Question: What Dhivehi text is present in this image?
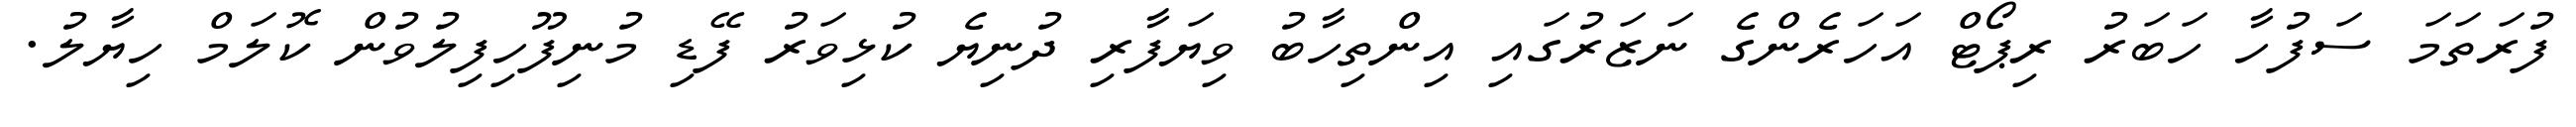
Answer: ފުރަތަމަ ސަފުހާ ހަބަރު ރިޕޯޓް އަހަރެންގެ ނަޒަރުގައި އިންތިހާބު ވިޔަފާރި ދުނިޔެ ކުޅިވަރު ފޭޑި މުނިފޫހިފިލުވުން ކޮލަމް ހިޔާލު.